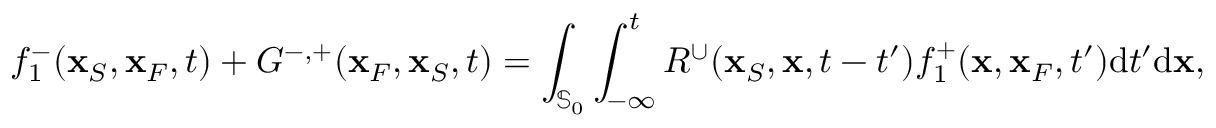
f _ { 1 } ^ { - } ( { \bf x } _ { S } , { \bf x } _ { F } , t ) + G ^ { - , + } ( { \bf x } _ { F } , { \bf x } _ { S } , t ) = \int _ { { \mathbb { S } _ { 0 } } } \int _ { - \infty } ^ { t } R ^ { \cup } ( { \bf x } _ { S } , { \bf x } , t - t ^ { \prime } ) f _ { 1 } ^ { + } ( { \bf x } , { \bf x } _ { F } , t ^ { \prime } ) \mathrm { d } t ^ { \prime } \mathrm { d } { \bf x } ,